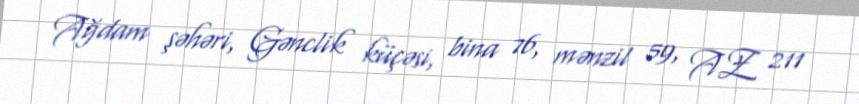
Ağdam şəhəri, Gənclik küçəsi, bina 76, mənzil 59, AZ 211